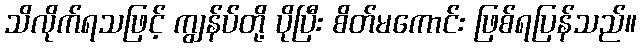
သိလိုက်ရသဖြင့် ကျွန်ပ်တို့ ပိုပြီး စိတ်မကောင်း ဖြစ်ရပြန်သည်။